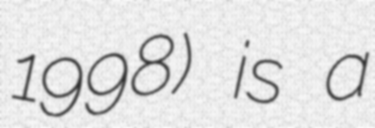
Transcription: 1998) is a